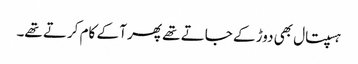
ہسپتال بھی دوڑ کے جاتے تھے پھر آ کے کام کرتے تھے۔